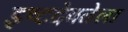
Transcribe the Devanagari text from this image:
इष्टदेवतेला